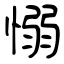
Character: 愵